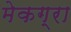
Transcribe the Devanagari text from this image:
मेकग्रा